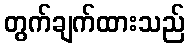
တွက်ချက်ထားသည်